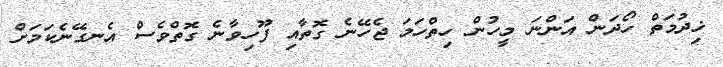
ޚިދުމަތް ހޯދަން އަންނަ މީހުން ހިތްހަމަ ޖެހޭނެ ގޮތާއި ފޫހިވާނެ ގޮތްވެސް އެނގޭނެކަމަށް